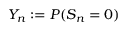
Y _ { n } : = P ( S _ { n } = 0 )